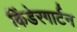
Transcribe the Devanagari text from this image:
किंडेरगार्टन